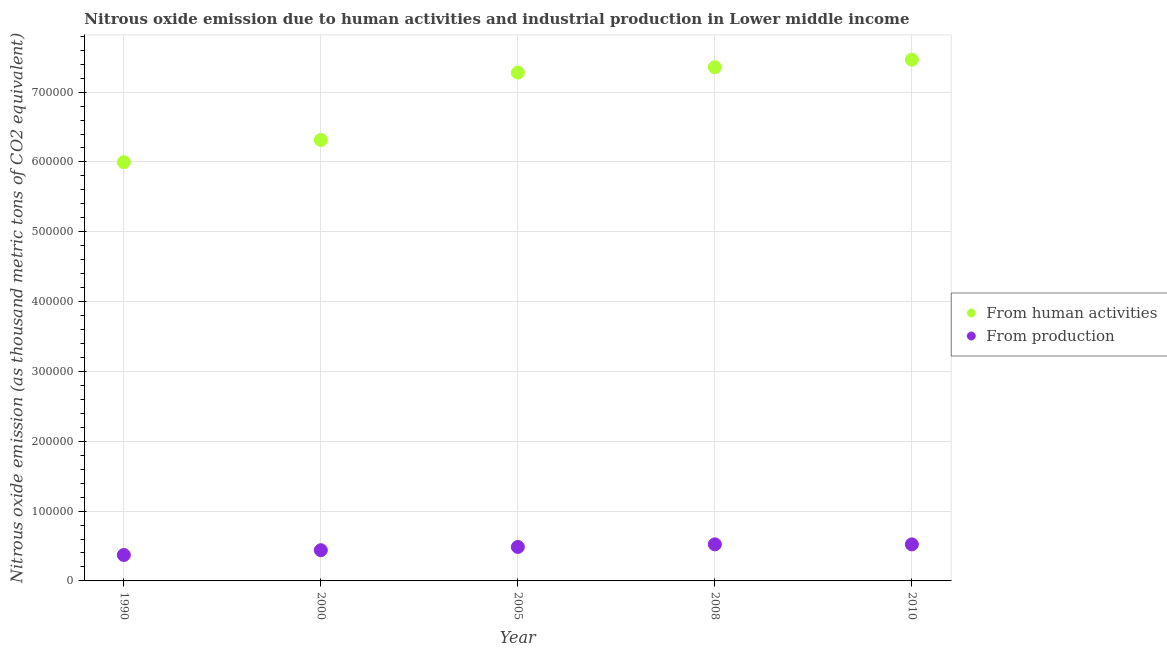
| Year | From human activities | From production |
 | --- | --- | --- |
 | 1990 | 6e+05 | 3.71e+04 |
 | 2000 | 6.32e+05 | 4.4e+04 |
 | 2005 | 7.28e+05 | 4.87e+04 |
 | 2008 | 7.36e+05 | 5.24e+04 |
 | 2010 | 7.47e+05 | 5.23e+04 |